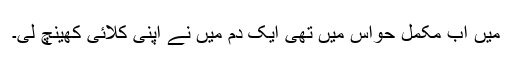
میں اب مکمل حواس میں تھی ایک دم میں نے اپنی کلائی کھینچ لی۔